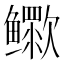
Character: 𬶷